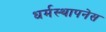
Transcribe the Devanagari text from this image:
धर्मस्थापनेस